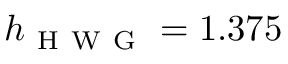
h _ { \mathrm { ~ H ~ W ~ G ~ } } = 1 . 3 7 5